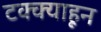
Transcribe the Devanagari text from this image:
टक्‍क्‍याहून